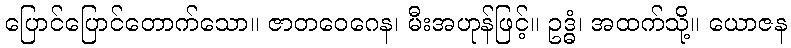
ပြောင်ပြောင်တောက်သော။ ဇာတဝေဂေန၊ မီးအဟုန်ဖြင့်။ ဥဒ္ဓံ၊ အထက်သို့။ ယောဇန